Lunatic asylums Punjab 1868-1880 - 1868-1880
Year: 1868
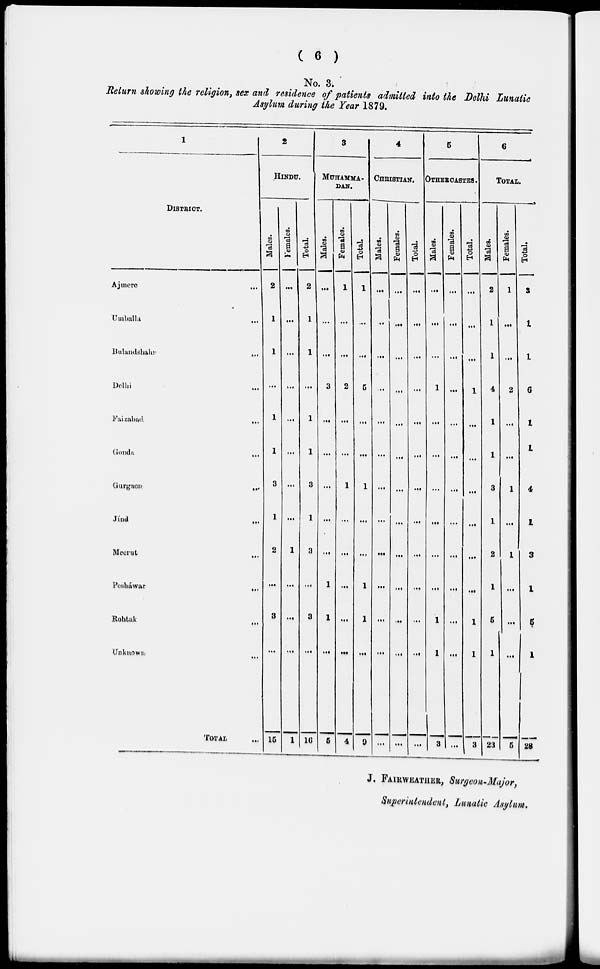
( 6 )
No. 3.
Return showing the religion, sex and residence of patients admitted into the Delhi Lunatic
Asylum during the Year 1879.
1
DISTRICT.
Ajmere
Umballa
Bulandshaha
Delhi
Faizabad
Gonda
Gurgaon
Jind
Meerut
Pesháwar
Rohtak
Unknown
TOTAL
...
...
...
...
...
...
...
...
...
...
...
...
...
2
HINDU.
Males.
2
1
1
...
1
1
3
1
2
...
3
...
15
Females.
...
...
...
...
...
...
...
...
1
...
...
...
1
Total.
2
1
1
...
1
1
...
1
3
...
3
...
16
3
MUHAMMA-
DAN.
Males.
...
...
...
3
...
...
3
..
..
...
3
...
5
Females.
1
...
...
2
...
...
...
...
...
1
1
...
4
Total.
1
....
...
5
...
...
1
...
...
...
...
...
9
4
CHRISTIAN.
Males.
...
...
...
...
...
...
...
...
...
1
1
...
...
Females.
...
...
...
...
...
...
...
...
...
...
...
...
...
Total.
...
...
...
...
...
...
...
...
...
...
...
...
...
5
OTHER CASTES.
Males.
...
...
...
1
...
...
...
...
...
...
1
1
8
Females.
...
...
...
...
...
...
...
...
...
...
...
...
...
Total.
...
...
...
1
...
...
...
...
...
...
1
1
3
6
TOTAL.
Males.
2
1
1
4
1
1
3
1
2
1
5
1
23
Females.
1
...
...
2
...
...
1
...
1
...
...
...
5
Total.
3
1
1
6
1
1
4
1
3
1
5
1
28
J, FAIRWEATHER, Surgeon-Major,
Superintendent, Lunatic Asylum.